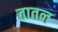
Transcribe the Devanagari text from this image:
तातल